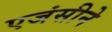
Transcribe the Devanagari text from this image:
एजंसीने